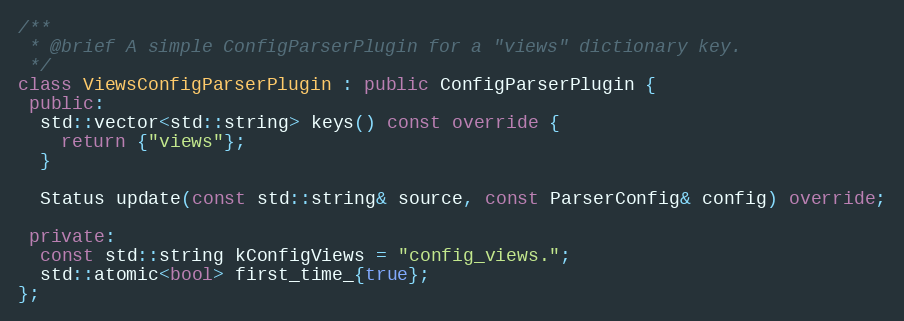
Language: C++
/**
 * @brief A simple ConfigParserPlugin for a "views" dictionary key.
 */
class ViewsConfigParserPlugin : public ConfigParserPlugin {
 public:
  std::vector<std::string> keys() const override {
    return {"views"};
  }

  Status update(const std::string& source, const ParserConfig& config) override;

 private:
  const std::string kConfigViews = "config_views.";
  std::atomic<bool> first_time_{true};
};